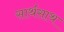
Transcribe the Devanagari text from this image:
सार्थसाथ